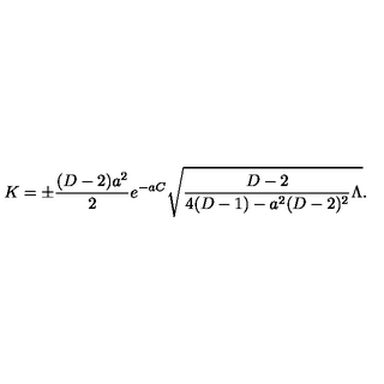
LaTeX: K = \pm { \frac { ( D - 2 ) a ^ { 2 } } { 2 } } e ^ { - a C } \sqrt { { \frac { D - 2 } { 4 ( D - 1 ) - a ^ { 2 } ( D - 2 ) ^ { 2 } } } \Lambda } .